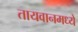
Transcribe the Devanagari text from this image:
तायवानमध्ये